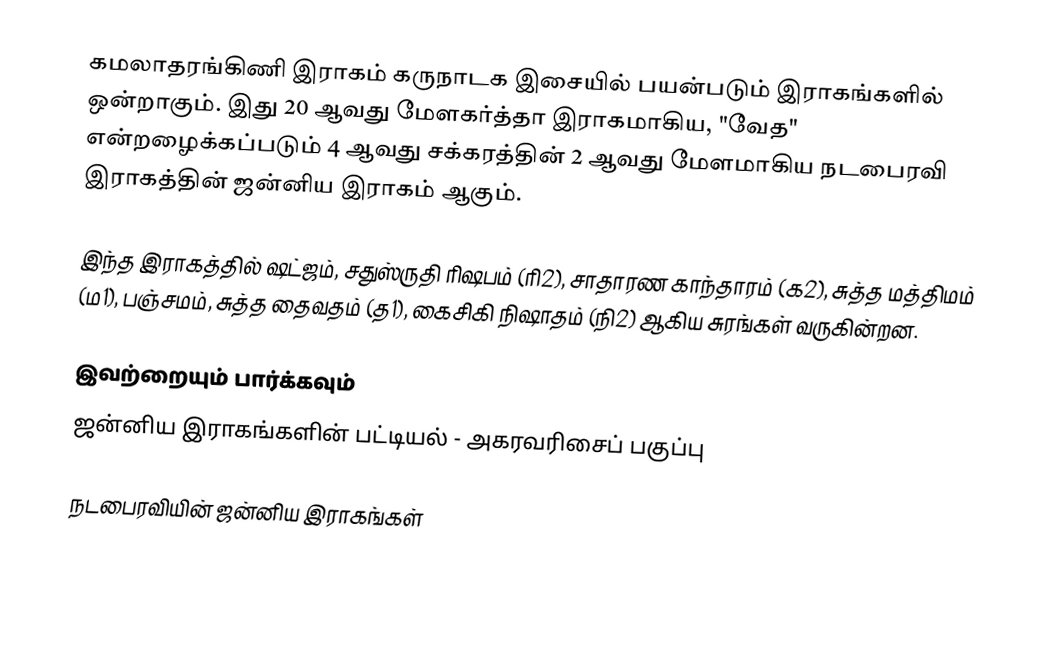
கமலாதரங்கிணி இராகம் கருநாடக இசையில் பயன்படும் இராகங்களில் ஒன்றாகும். இது 20 ஆவது மேளகர்த்தா இராகமாகிய, "வேத" என்றழைக்கப்படும் 4 ஆவது சக்கரத்தின் 2 ஆவது மேளமாகிய நடபைரவி இராகத்தின் ஜன்னிய இராகம் ஆகும்.

இந்த இராகத்தில் ஷட்ஜம், சதுஸ்ருதி ரிஷபம் (ரி2),  சாதாரண காந்தாரம் (க2), சுத்த மத்திமம் (ம1), பஞ்சமம், சுத்த தைவதம் (த1), கைசிகி நிஷாதம்  (நி2) ஆகிய சுரங்கள் வருகின்றன.

இவற்றையும் பார்க்கவும்
 ஜன்னிய இராகங்களின் பட்டியல் - அகரவரிசைப் பகுப்பு

நடபைரவியின் ஜன்னிய இராகங்கள்